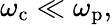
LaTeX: \omega_{\mathrm{c}}\ll\omega_{\mathrm{p}},